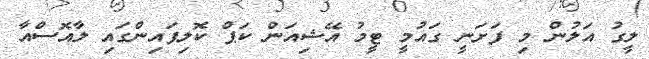
ލީގު އަލުން މި ފަށަނީ ގައުމީ ޓީމު އޭޝިއަން ކަޕް ކޮލިފައިންގައި ލާއޮސްއާ